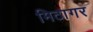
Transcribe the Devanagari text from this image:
मिठागर